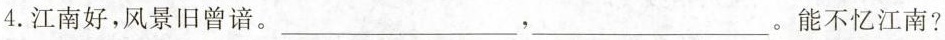
4.江南好，风景旧曾谙。___，___。能不忆江南?